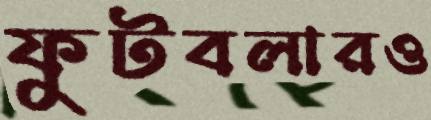
ফুটবলারও